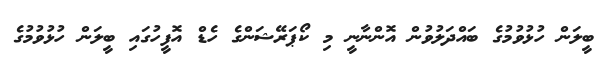
ބީލަން ހުޅުވުމުގެ ބައްދަލުވުން އޮންނާނީ މި ކޯޕަރޭޝަންގެ ހެޑް އޮފީހުގައި ބީލަން ހުޅުވުމުގެ